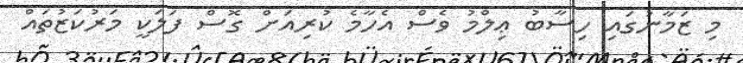
މި ޒަމާނުގައި ހިސާބު ޢިލްމު ވެސް އެހާމެ ކުރިއަށް ގޮސް ފަލަކީ މަރުކަޒުތައް